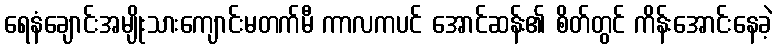
ရေနံချောင်းအမျိုးသားကျောင်းမတက်မီ ကာလကပင် အောင်ဆန်း၏ စိတ်တွင် ကိန်းအောင်းနေခဲ့